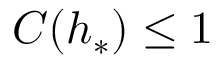
C ( h _ { * } ) \leq 1